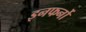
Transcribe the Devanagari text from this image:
इनफर्नो